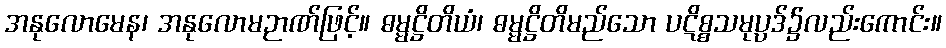
အနုလောမေန၊ အနုလောမဉာဏ်ဖြင့်။ ဓမ္မဋ္ဌိတိယံ၊ ဓမ္မဋ္ဌိတိမည်သော ပဋိစ္စသမုပ္ပဒ်၌လည်းကောင်း။